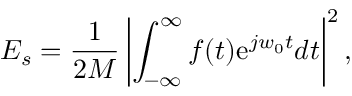
E _ { s } = \frac { 1 } { 2 M } \left| \int _ { - \infty } ^ { \infty } f ( t ) \mathrm { e } ^ { j w _ { 0 } t } d t \right| ^ { 2 } ,